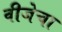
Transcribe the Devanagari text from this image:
वीजेचा